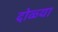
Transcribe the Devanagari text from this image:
दोळ्या